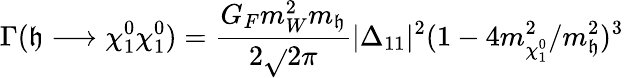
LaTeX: \Gamma(\mathfrak{h}\longrightarrow\chi_{1}^{0}\chi_{1}^{0})={\frac{{G_{F}m_{W}^{2}m_{\mathfrak{h}}}}{{2\sqrt{}{{2}}\pi}}}|\Delta_{11}|^{2}(1-4m_{\chi_{1}^{0}}^{2}/m_{\mathfrak{h}}^{2})^{3}